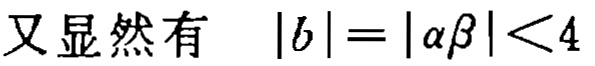
又显然有 \(\vert b\vert=\vert\alpha\beta\vert<4\)